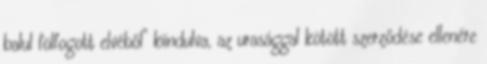
balul fölfogott elvéből” kiindulva, az urasággal kötött szerződése ellenére